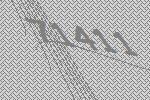
71411